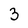
Character: 3